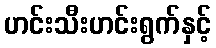
ဟင်းသီးဟင်းရွက်နှင့်